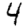
Digit: 4